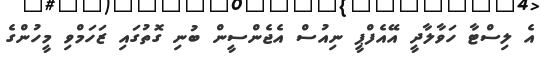
އެ ލިސްޓާ ހަވާލާދީ އޭއެފްޕީ ނިއުސް އެޖެންސީން ބުނި ގޮތުގައި ޒަހަމްވި މީހުންގެ